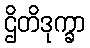
ဌိတိဒုက္ခာ